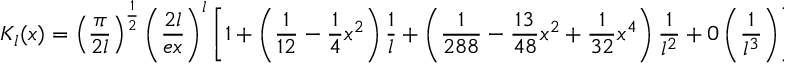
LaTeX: K _ { l } ( x ) = \left( \displaystyle \frac { \pi } { 2 l } \right) ^ { \frac { 1 } { 2 } } \left( \displaystyle \frac { 2 l } { e x } \right) ^ { l } \left[ 1 + \left( \displaystyle \frac { 1 } { 1 2 } - \displaystyle \frac { 1 } { 4 } x ^ { 2 } \right) \displaystyle \frac { 1 } { l } + \left( \displaystyle \frac { 1 } { 2 8 8 } - \displaystyle \frac { 1 3 } { 4 8 } x ^ { 2 } + \displaystyle \frac { 1 } { 3 2 } x ^ { 4 } \right) \displaystyle \frac { 1 } { l ^ { 2 } } + 0 \left( \displaystyle \frac { 1 } { l ^ { 3 } } \right) \right] ,